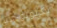
تكنولوجيا